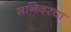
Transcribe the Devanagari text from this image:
मानेवरचा